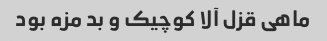
ماهی قزل آلا کوچیک و بد مزه بود